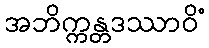
အဘိက္ကန္တဒဿာဝိံ